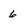
Character: 6